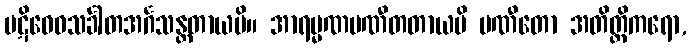
ပဋိဝေဓသင်္ခါတအင်္ဂသန္တတာယပိ။ အာရမ္မဏပဏီတတာယပိ ပဏီတော အတိတ္တိကရော,